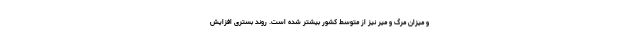
و میزان مرگ و میر نیز از متوسط کشور بیشتر شده است. روند بستری افزایش